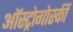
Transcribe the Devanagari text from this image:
ऑस्ट्रोगोर्स्की